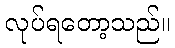
လုပ်ရတော့သည်။